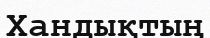
Хандықтың